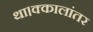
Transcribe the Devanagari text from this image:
था।क्कालांतर